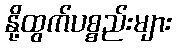
နို့ထွက်ပစ္စည်းများ